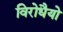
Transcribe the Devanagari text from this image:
विरोधैयो